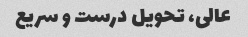
عالی، تحویل درست و سریع